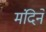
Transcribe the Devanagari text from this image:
मंदिने